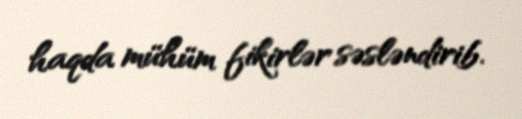
haqda mühüm fikirlər səsləndirib.